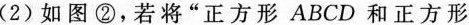
(2)如图②，若将”正方形ABCD和正方形